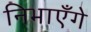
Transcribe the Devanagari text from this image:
निभाएँगे